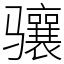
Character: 骧